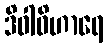
ဒိဝါဝိဟာရေ